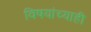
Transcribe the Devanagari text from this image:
विषयांच्याही